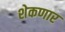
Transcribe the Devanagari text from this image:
शेकणार